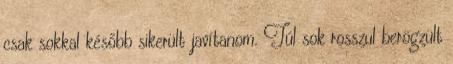
csak sokkal később sikerült javítanom. Túl sok rosszul berögzült